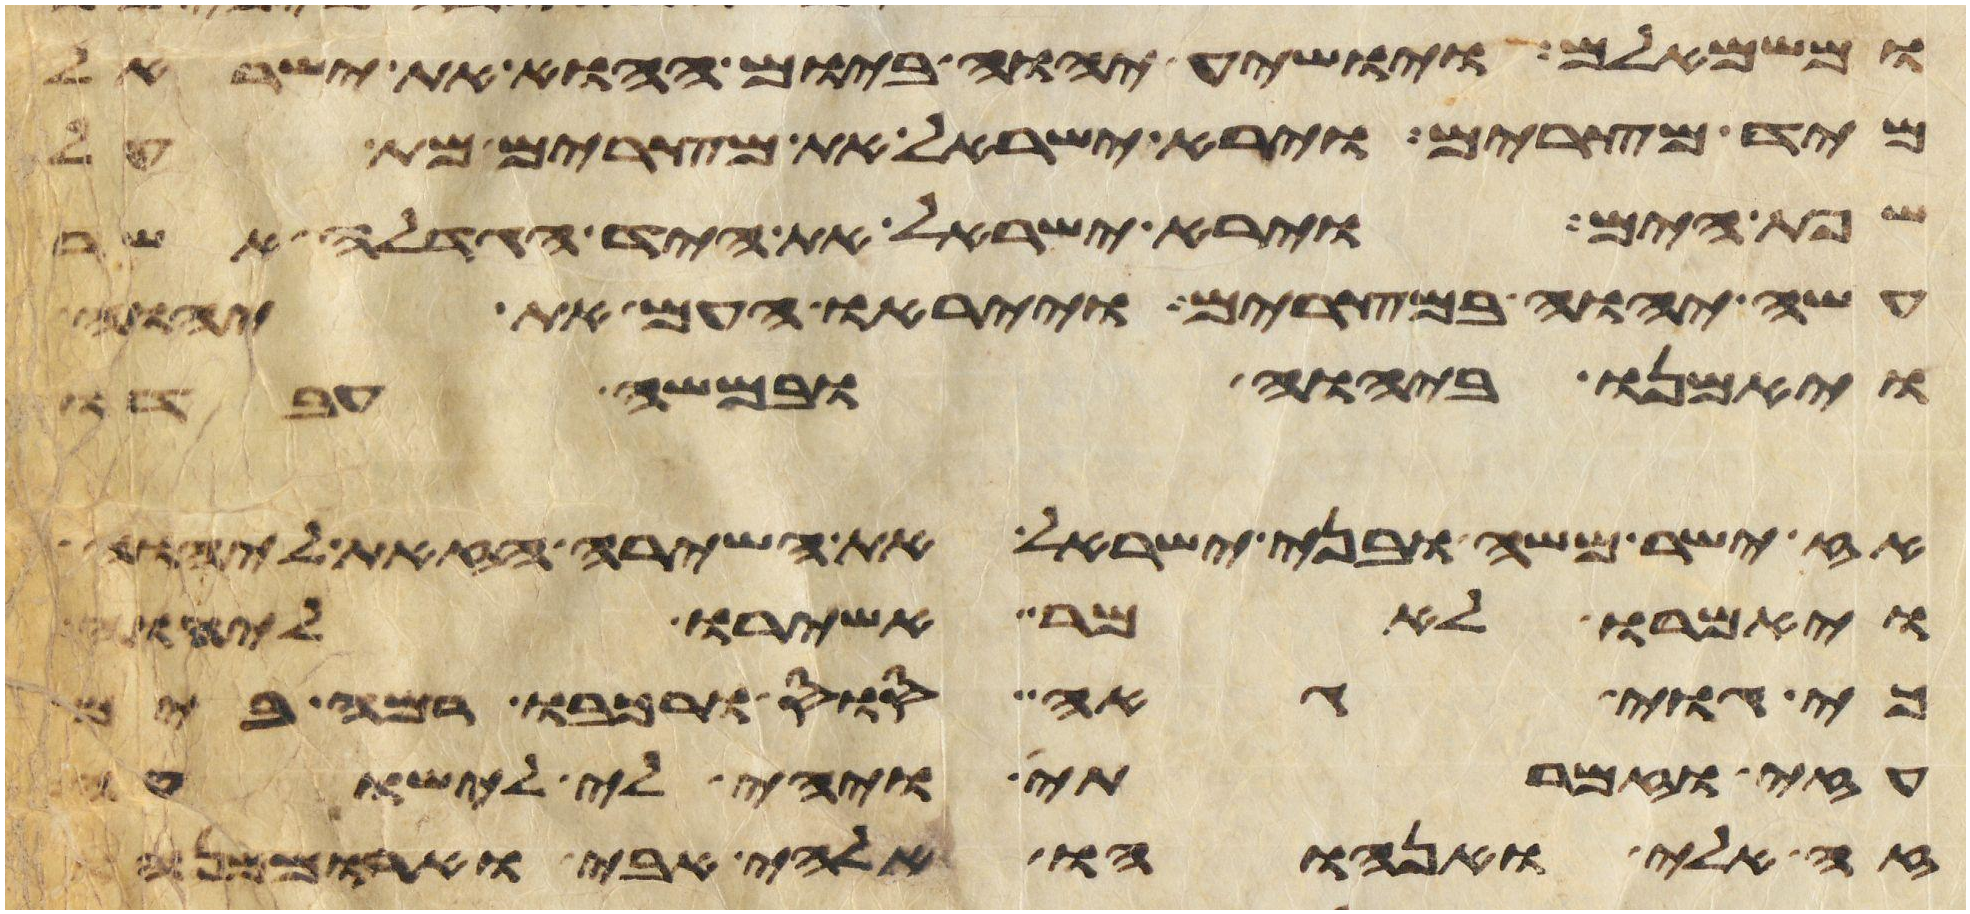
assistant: ומשמאלם ויושיע יהוה ביום ההוא את ישראל
מיד מצרים וירא ישראל את מצרים מת על
שפת הים וירא ישראל את היד הגדלה אשר
עשה יהוה במצרים וייראו העם את יהוה
ויאמנו ביהוה ובמשה עבדו
אז ישר משה ובני ישראל את השירה הזאת ליהוה
ויאמרו לאמר אשירו ליהוה
כי גוי גאה סוס ורכבו רמה בים
עזי וזמרתי ויהי לי לישועה
זה אלי ואנוהו אלהי אבי וארממנהו